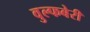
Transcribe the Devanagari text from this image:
वुल्फबेरी